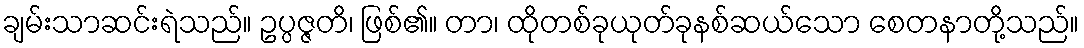
ချမ်းသာဆင်းရဲသည်။ ဥပ္ပဇ္ဇတိ၊ ဖြစ်၏။ တာ၊ ထိုတစ်ခုယုတ်ခုနစ်ဆယ်သော စေတနာတို့သည်။